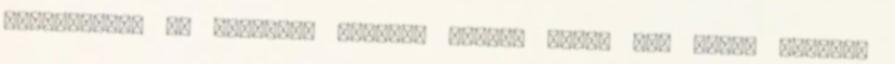
köszönhető. Ők fogadtak ezelőtt néhány évvel egy japán kórust,